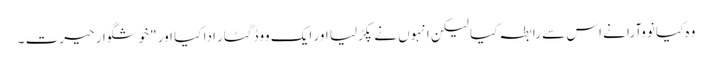
وہ کیا نووآرا نے اس سے رابطہ کیا لیکن انہوں نے پکڑلیا اور ایک ووڈ گٹار ادا کیا اور "خوشگوار حیرت ۔